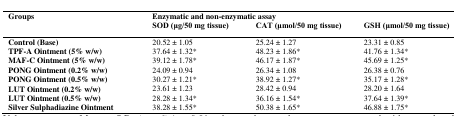
<table><thead><tr><td rowspan="2"><b>Groups</b></td><td colspan="3"><b>Enzymatic and non-enzymatic assay</b></td></tr><tr><td><b>SOD (μg/50 mg tissue)</b></td><td><b>CAT (μmol/50 mg tissue)</b></td><td><b>GSH (μmol/50 mg tissue)</b></td></tr></thead><tbody><tr><td><b>Control (Base)</b></td><td>20.52 ± 1.05</td><td>25.24 ± 1.27</td><td>23.31 ± 0.85</td></tr><tr><td><b>TPF-A Ointment (5% w/w)</b></td><td>37.64 ± 1.32*</td><td>48.23 ± 1.86*</td><td>41.76 ± 1.34*</td></tr><tr><td><b>MAF-C Ointment (5% w/w)</b></td><td>39.12 ± 1.78*</td><td>46.17 ± 1.87*</td><td>45.69 ± 1.25*</td></tr><tr><td><b>PONG Ointment (0.2% w/w)</b></td><td>24.09 ± 0.94</td><td>26.34 ± 1.08</td><td>26.38 ± 0.76</td></tr><tr><td><b>PONG Ointment (0.5% w/w)</b></td><td>30.27 ± 1.21*</td><td>38.92 ± 1.27*</td><td>35.17 ± 1.28*</td></tr><tr><td><b>LUT Ointment (0.2% w/w)</b></td><td>23.61 ± 1.23</td><td>28.42 ± 0.94</td><td>28.20 ± 1.64</td></tr><tr><td><b>LUT Ointment (0.5% w/w)</b></td><td>28.28 ± 1.34*</td><td>36.16 ± 1.54*</td><td>37.64 ± 1.39*</td></tr><tr><td><b>Silver Sulphadiazine Ointment</b></td><td>38.28 ± 1.55*</td><td>50.38 ± 1.65*</td><td>46.88 ± 1.75*</td></tr></tbody></table>